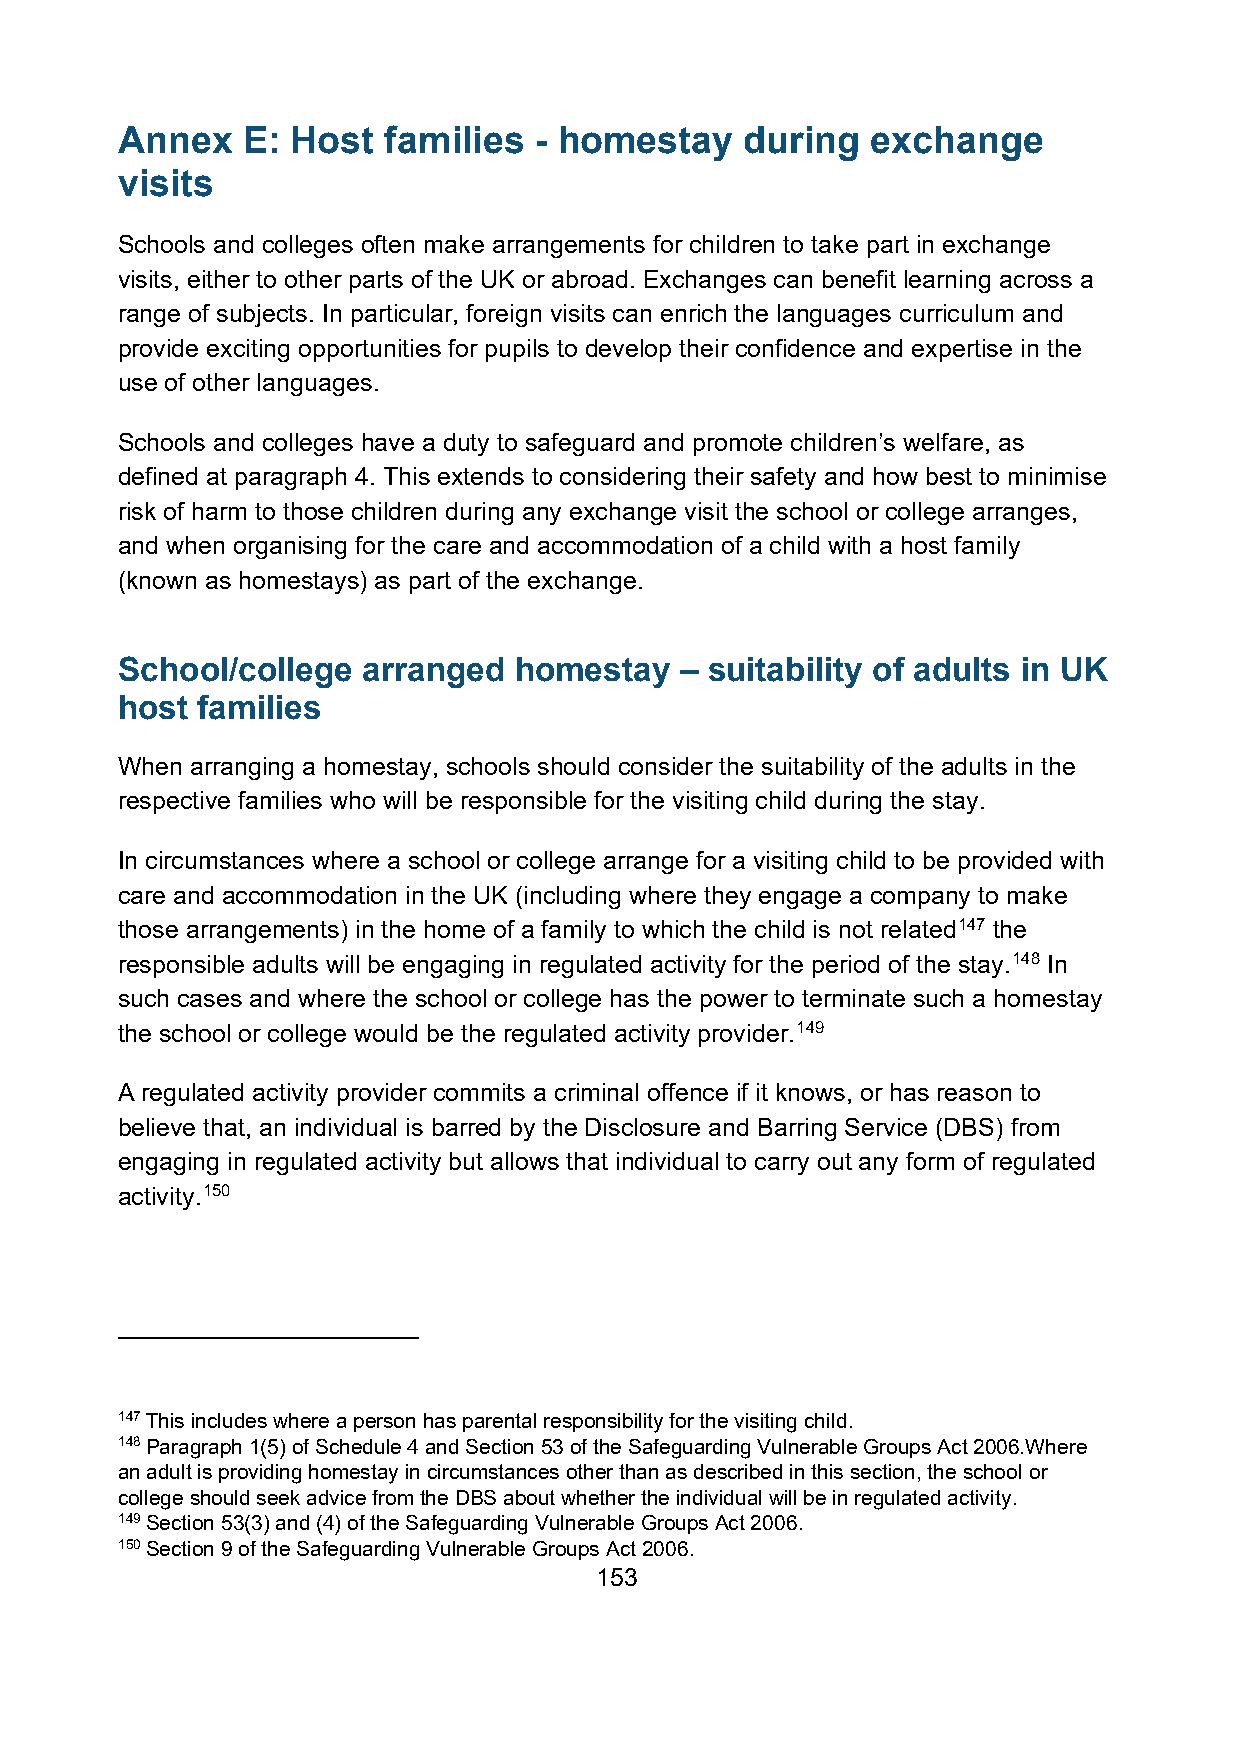
Annex   E: Host  families  - homestay    during   exchange
 visits
 Schools and colleges often make arrangements for children to take part in exchange
 visits, either to other parts of the UK or abroad. Exchanges can benefit learning across a
 range of subjects. In particular, foreign visits can enrich the languages curriculum and
 provide exciting opportunities for pupils to develop their confidence and expertise in the
 use of other languages.
 Schools and colleges have a duty to safeguard and promote children’s welfare, as
 defined at paragraph 4. This extends to considering their safety and how best to minimise
 risk of harm to those children during any exchange visit the school or college arranges,
 and when organising for the care and accommodation of a child with a host family
 (known as homestays) as part of the exchange.
 School/college  arranged  homestay   – suitability of adults in UK
 host families
 When arranging a homestay, schools should consider the suitability of the adults in the
 respective families who will be responsible for the visiting child during the stay.
 In circumstances where a school or college arrange for a visiting child to be provided with
 care and accommodation in the UK (including where they engage a company to make
 those arrangements) in the home of a family to which the child is not related147 the
 responsible adults will be engaging in regulated activity for the period of the stay.148 In
 such cases and where the school or college has the power to terminate such a homestay
 the school or college would be the regulated activity provider.149
 A regulated activity provider commits a criminal offence if it knows, or has reason to
 believe that, an individual is barred by the Disclosure and Barring Service (DBS) from
 engaging in regulated activity but allows that individual to carry out any form of regulated
 activity.150
 147 This includes where a person has parental responsibility for the visiting child.
 148 Paragraph 1(5) of Schedule 4 and Section 53 of the Safeguarding Vulnerable Groups Act 2006.Where
 an adult is providing homestay in circumstances other than as described in this section, the school or
 college should seek advice from the DBS about whether the individual will be in regulated activity.
 149 Section 53(3) and (4) of the Safeguarding Vulnerable Groups Act 2006.
 150 Section 9 of the Safeguarding Vulnerable Groups Act 2006.
 153